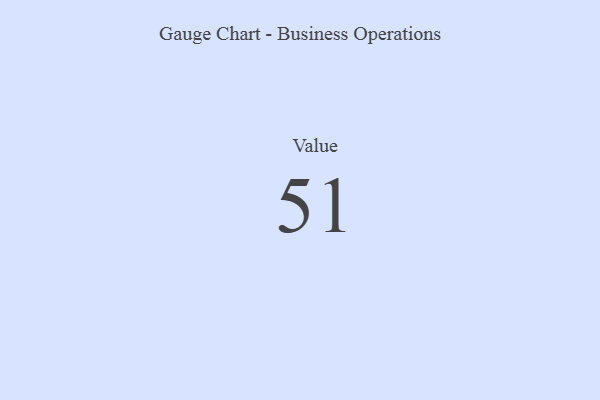
{"axis": {"x": "Metric", "y": "Value"}, "legend": [""], "data": [{"x": "Value", "y": 51, "type": ""}]}